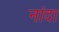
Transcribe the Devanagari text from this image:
नांदा